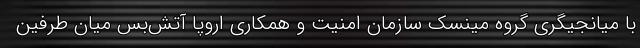
با میانجیگری گروه مینسک سازمان امنیت و همکاری اروپا آتش‌بس میان طرفین